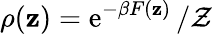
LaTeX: \rho(\mathbf{z})=\operatorname{e}^{-\beta F(\mathbf{z})}/\mathcal{Z}